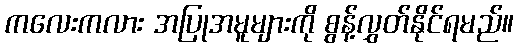
ကလေးကလား အပြုအမူများကို စွန့်လွှတ်နိုင်ရမည်။